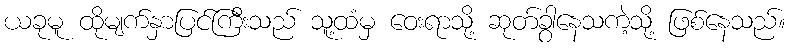
ယခုမူ ထိုမျက်နှာပြင်ကြီးသည် သူ့ထံမှ ဝေးရာသို့ ဆုတ်ခွာနေသကဲ့သို့ ဖြစ်နေသည်။